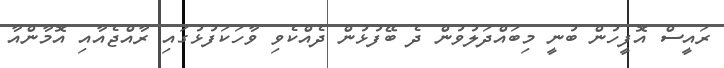
ރައީސް އޮފީހުން ބުނީ މިބައްދަލުވުން ދެ ބޭފުޅުން ދެއްކެވި ވާހަކަފުޅުގައި ރާއްޖެއާއި އޮމާންއާ